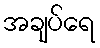
အချပ်ရေ